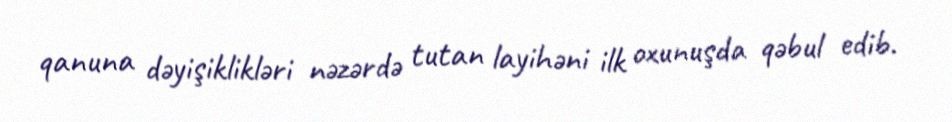
qanuna dəyişiklikləri nəzərdə tutan layihəni ilk oxunuşda qəbul edib.